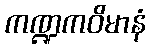
ကဏ္ဍကဝိမာနံ